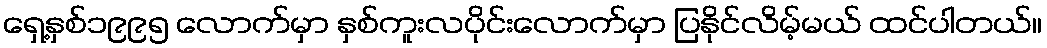
ရှေ့နှစ်၁၉၉၅ လောက်မှာ နှစ်ကူးလပိုင်းလောက်မှာ ပြနိုင်လိမ့်မယ် ထင်ပါတယ်။